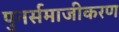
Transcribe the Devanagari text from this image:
पुनर्समाजीकरण